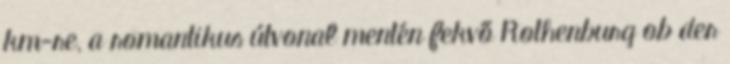
km-re, a romantikus útvonal mentén fekvő Rothenburg ob der